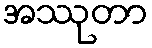
အဿုတာ